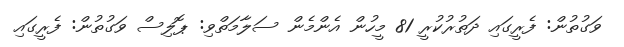
ވަގުތުން: ފެރީގައި ދަތުރުކުރީ 81 މީހުން އެންމެން ސަލާމަތްވި: ޕޮލިސް ވަގުތުން: ފެރީގައި